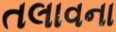
તલાવના